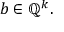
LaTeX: b \in \mathbb { Q } ^ { k } .